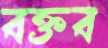
বক্তব